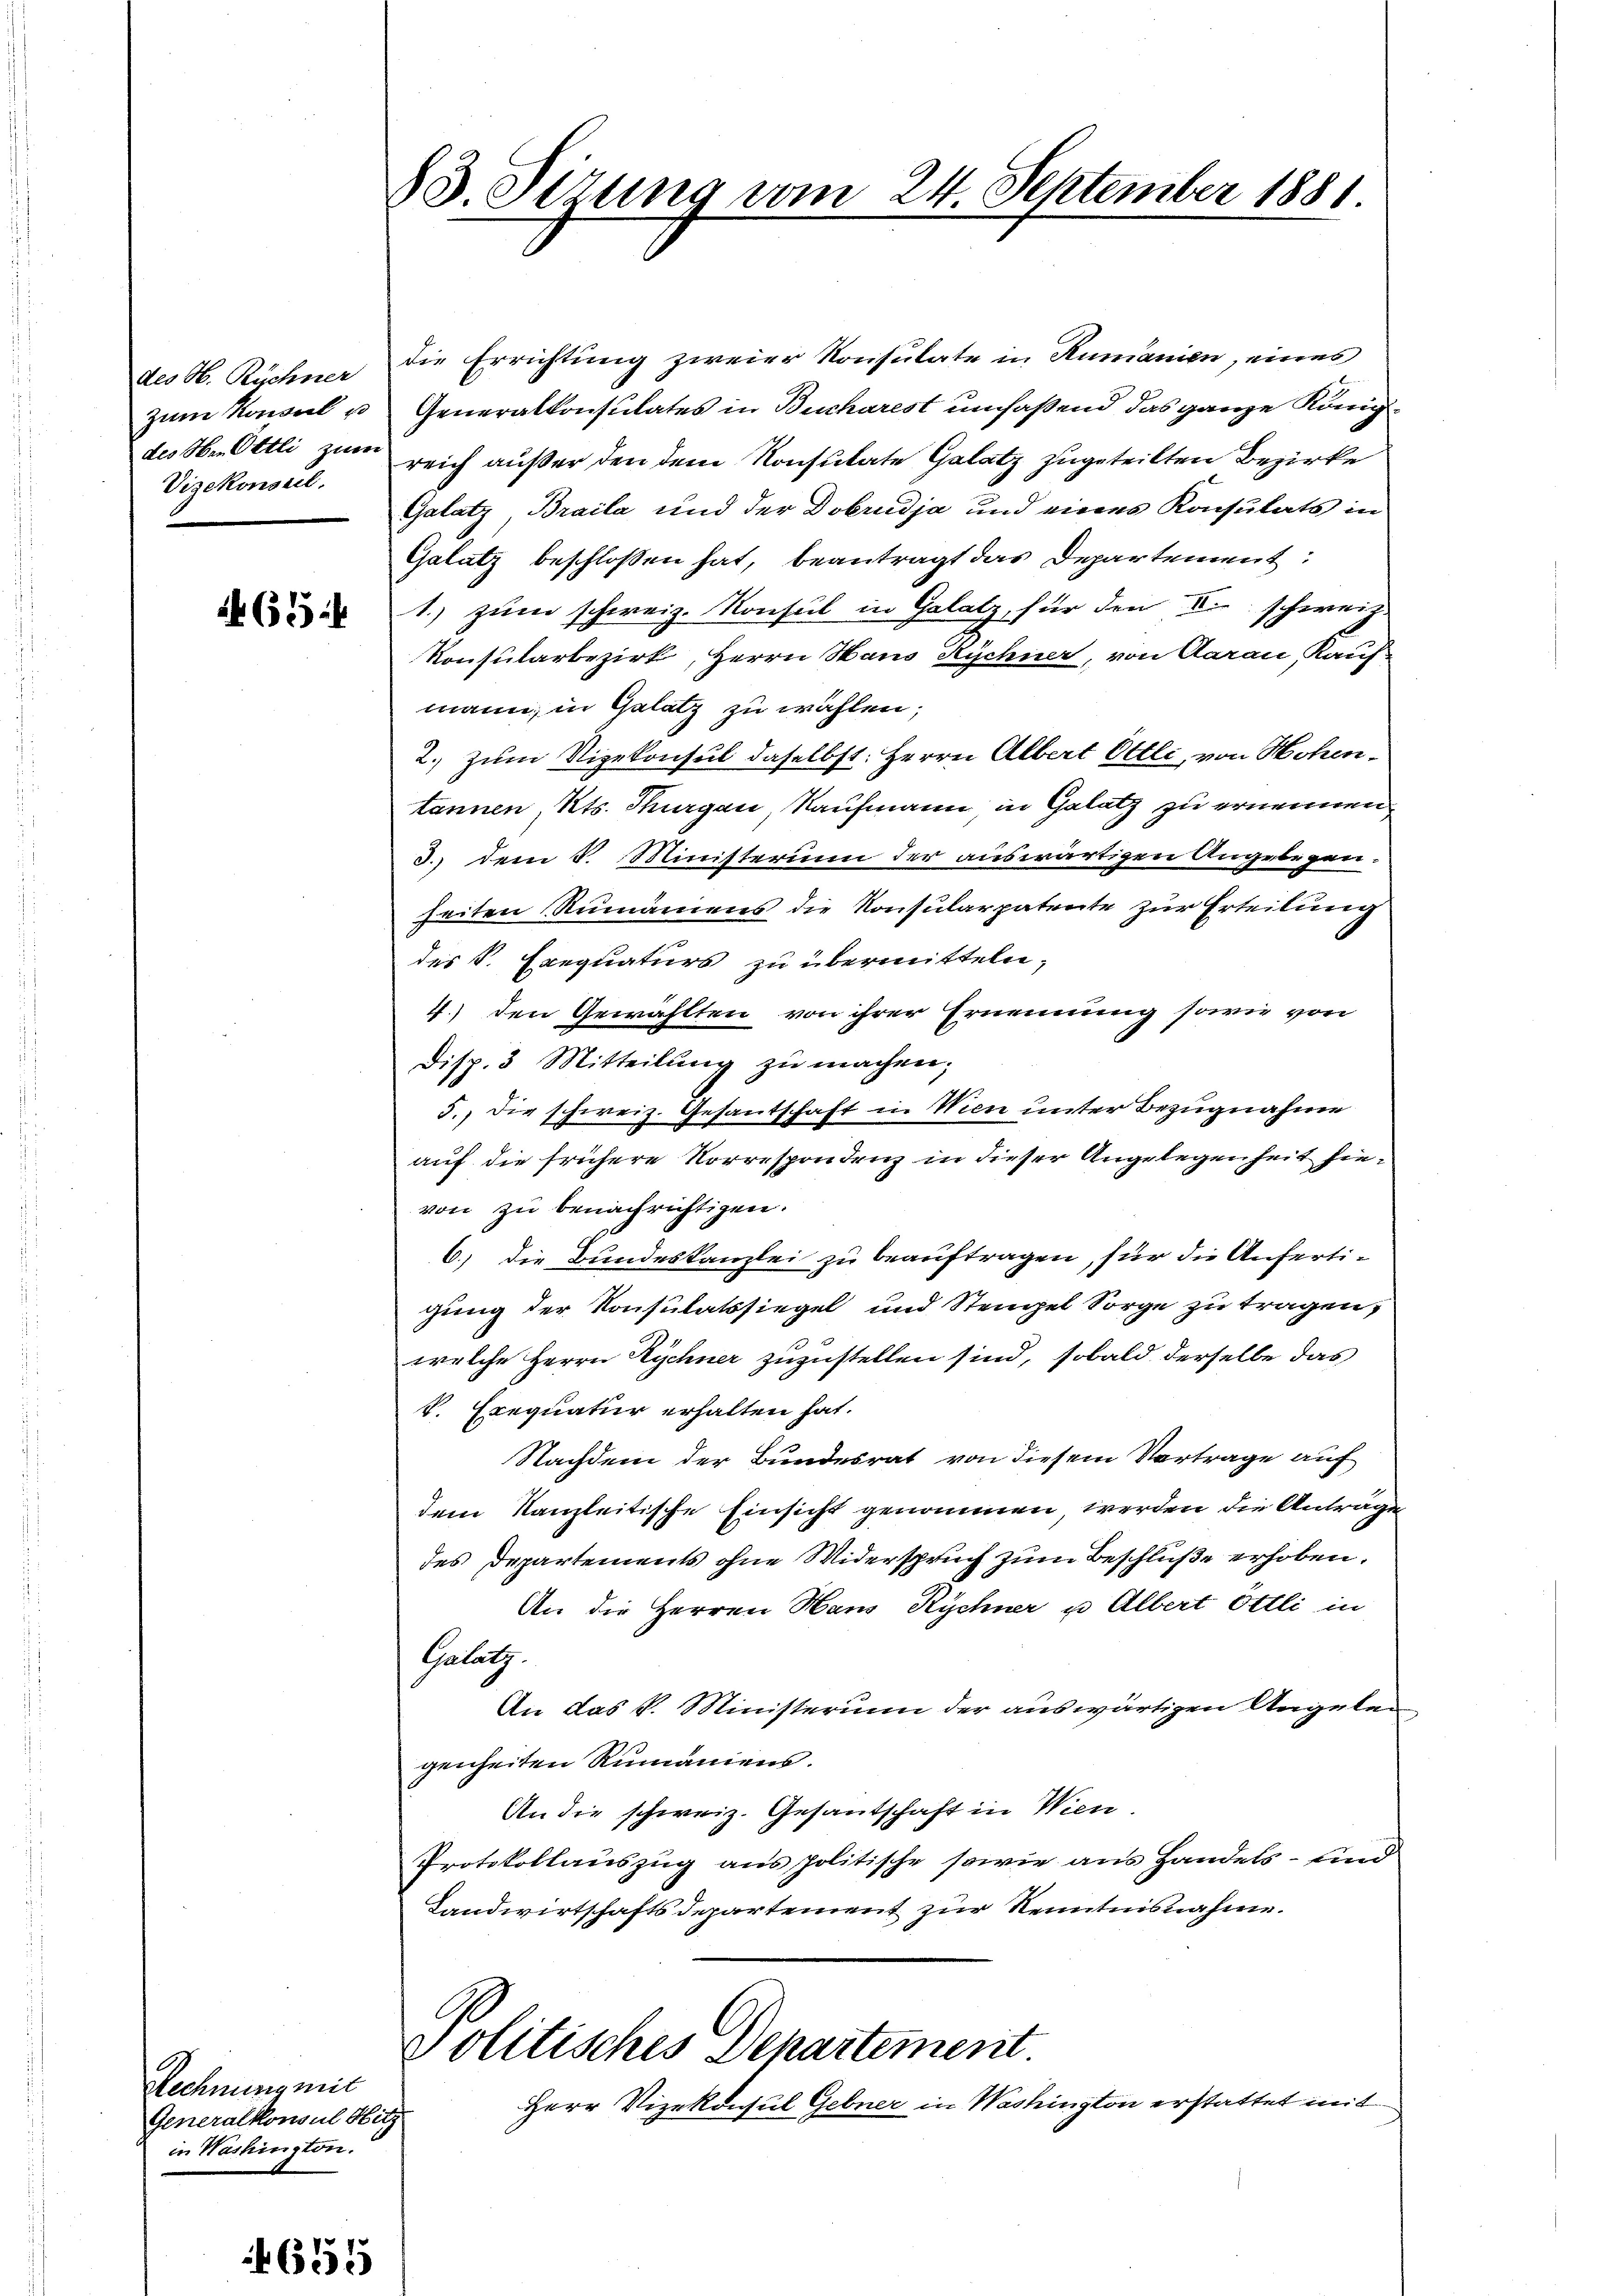
des H. Richner
zum Konsul u
des Oben Ottli zum
Vizekonseil.

4654

Rechnung mit
Generalkonsul Hitz
in Washington.

6.
.

83. Sizung vom 24. September 1881.

die Errichtung zweier Konsulate in Rumanien, eines
Generalkonsulates in Bucharest umfaßend das ganze Königl.
reich außer den dem Konsulate Gelatz zugeteilten Bezirke
Galatz, Braila und der Dobrudja und eines Konsulats in
Galatz beschloßen hat, beantragt das Departement
1.) zum schweiz. Konsul in Gelatz, für den Die schweiz.
Konsularbezirk, Herrn Haus Rychner, von Aarau, Kauf-
mann, in Galatz zu wählen;
2. zum Vizekonsul daselbst: Herrn Albert Ottli, von Hohentannen, Kts. Thurgau, Kaufmann in Glatz zu ernennen
3.) dem 8. Ministerium der auswärtigen Angelegen.
heiten Rumamens die Konsularpatente zur Erteilung
des S. Exequaturs zu übermitteln,
4.) den Gewählten von ihrer Ernennung sowie von
Disp. 3 Mitteilŭng zŭ machen;
5.) Die schweiz. Gesandschaft in Wien unter Bezugnahme
auf die frühere Korrespondenz in dieser Angelegenheit hievon zu benachrichtigen.
6) die Bundeskanzlei zu beauftragen, für die Anfertigung der Konsulatssiegel und Stengel Sorge zu tragen,
welche Herrn Zychner zuzustellen sind, sobald derselbe das
V. Exequatur erhalten hat.
Nachdem der Bundesrat von diesem Vortrage auf
dem Kanzleitische Einsicht genommen werden die Antrage
des Departements ohne Widerspruch zum Beschluße erhoben.
An die Herren Haus Rychner u Albert Öttli in
Galutz.
An das P. Ministerium der auswärtigen Angelen
genheiten Rumaniens.
An die schweiz. Gesantschaft in Wien.
Protokollauszug aus politische sowie aus Handels- und
Landwirtschaftsdepartement zur Kenntnisnahme.
Politisches Departement
Herr Vizekonsul Gebner in Washington erstattet mit